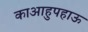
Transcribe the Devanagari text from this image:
काआहुपहाऊ